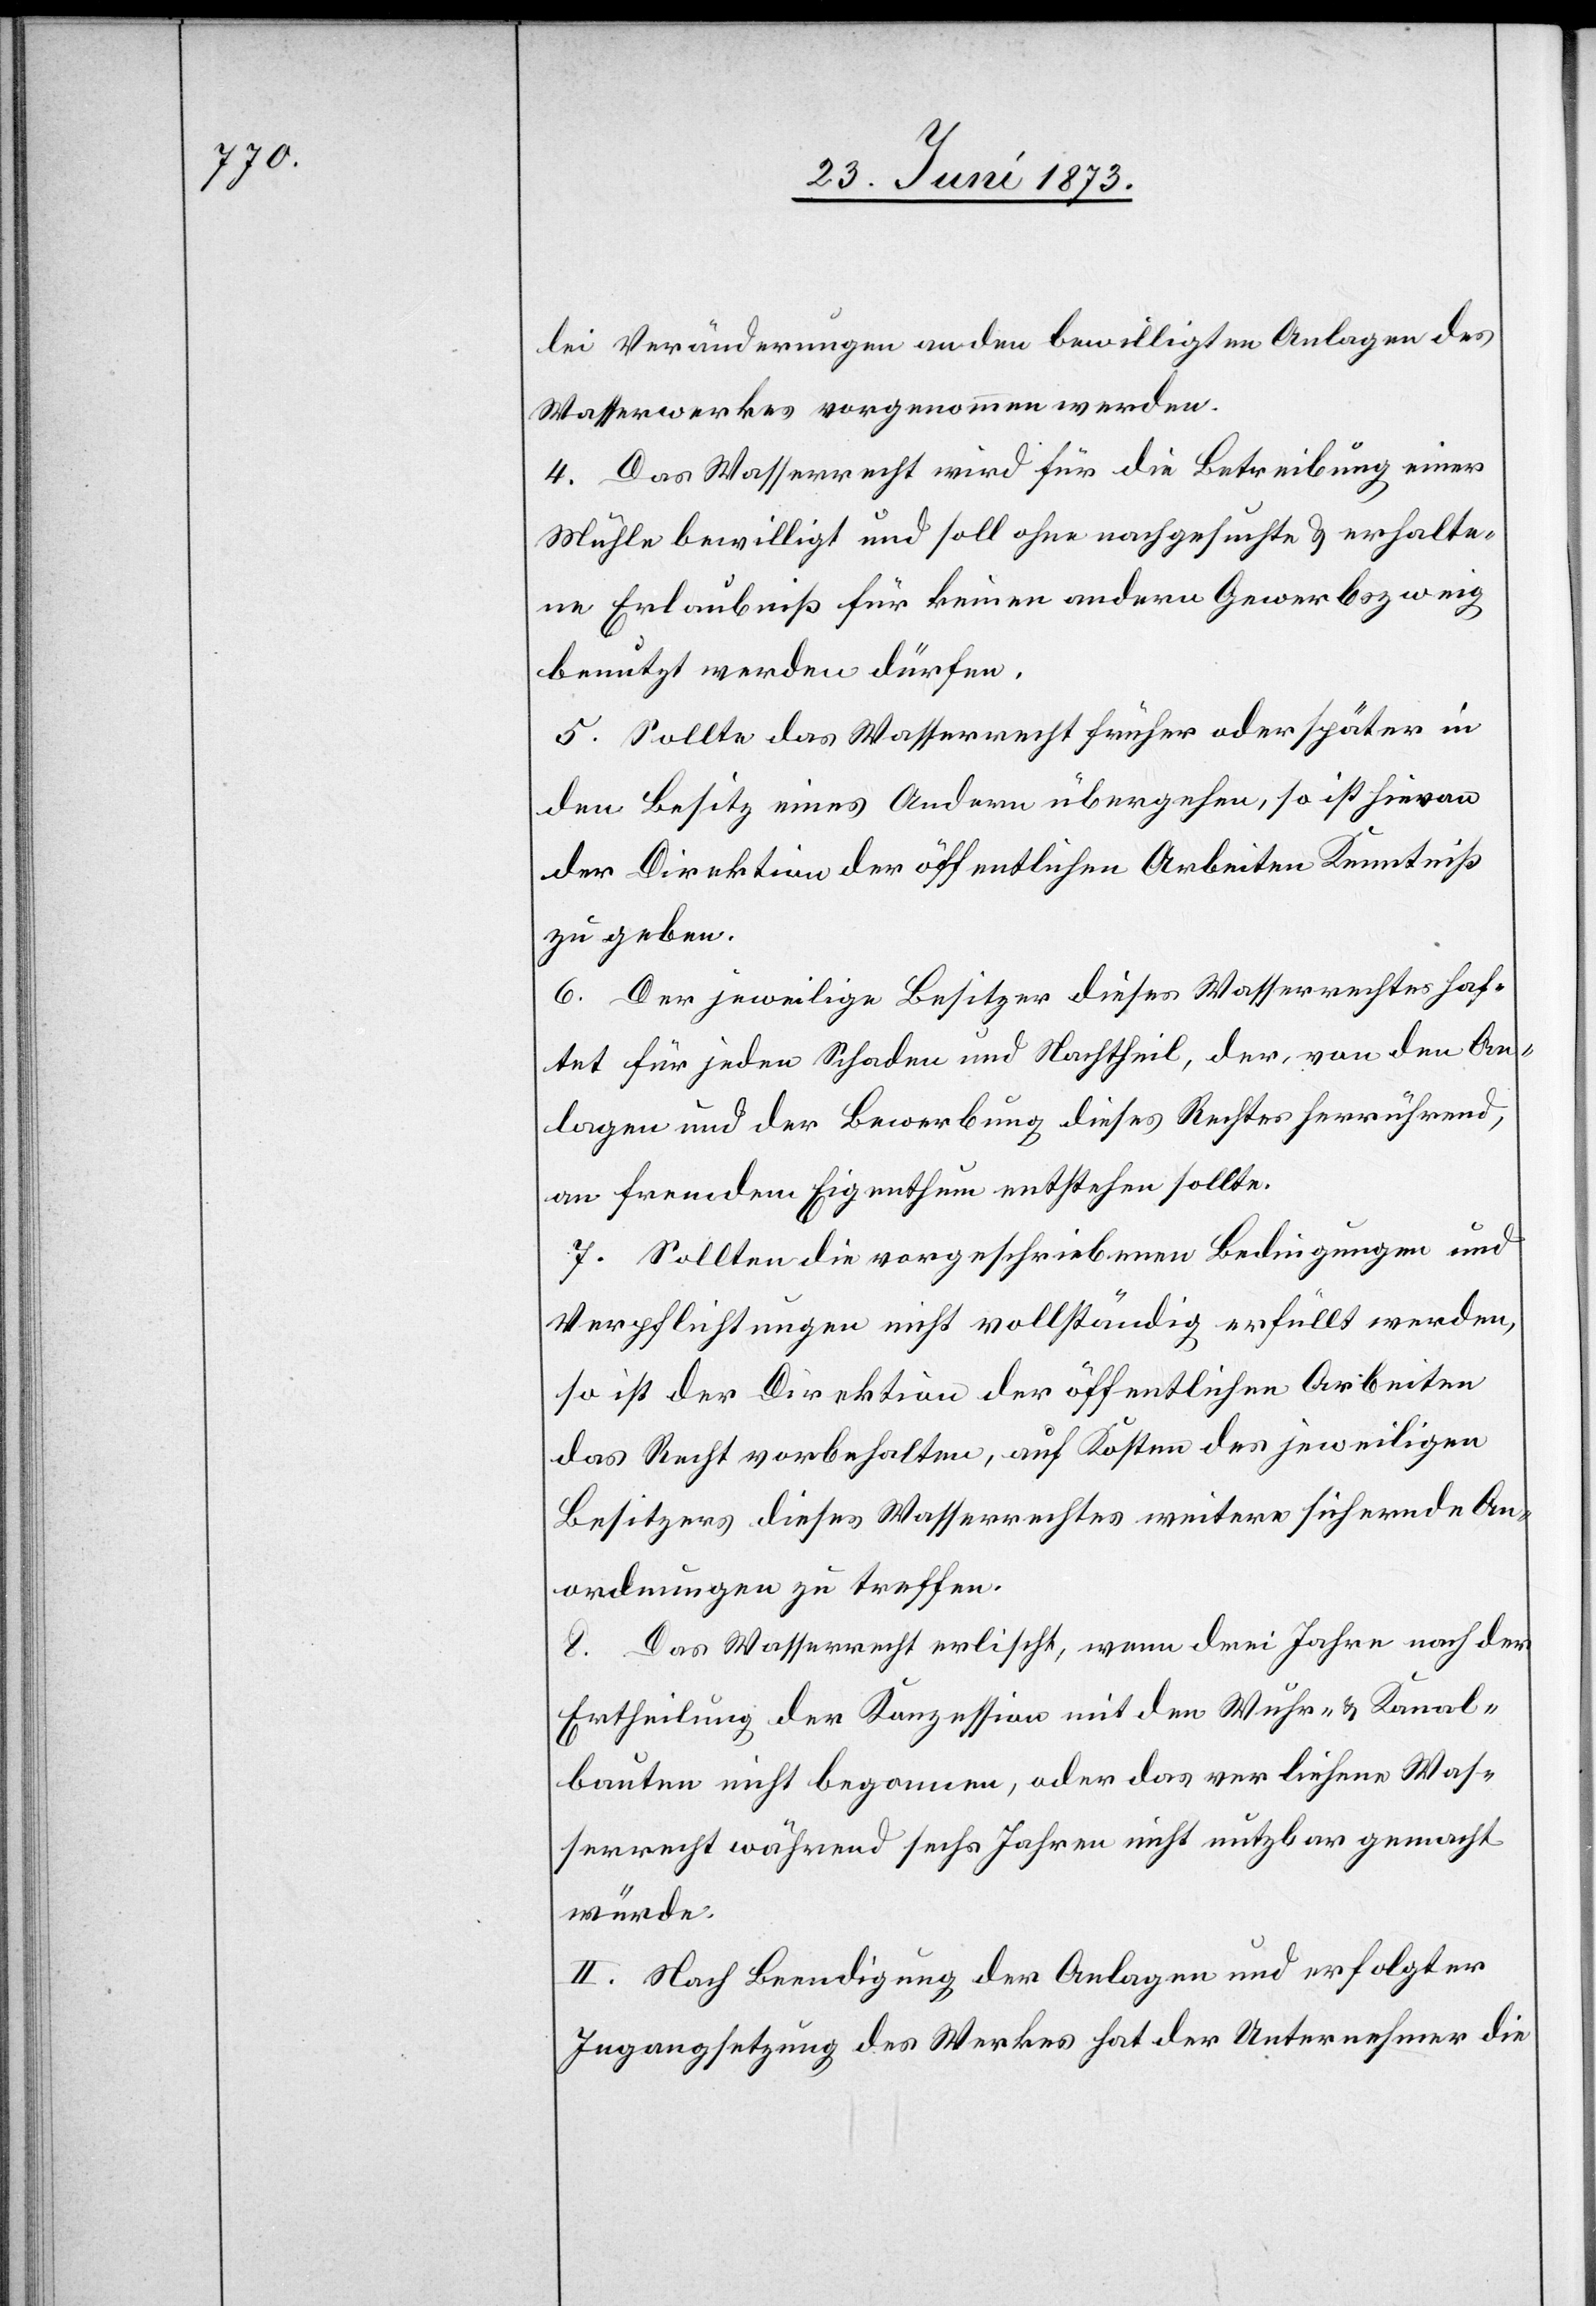
lei Veränderungen an den bewilligten Anlagen des
Wasserwerkes vorgenommen werden.
4. Das Wasserrecht wird für die Betreibung einer
Mühle bewilligt und soll ohne nachgesuchte & erhalte¬
ne Erlaubniß für keinen andern Gewerbszweig
benutzt werden dürfen.
5. Sollte das Wasserrecht früher oder später in
den Besitz eines Andern übergehen, so ist hievon
der Direktion der öffentlichen Arbeiten Kenntniß
zu geben.
6. Der jeweilige Besitzer dieses Wasserrechtes haf¬
tet für jeden Schaden und Nachtheil, der, von den An¬
lagen und der Bewerbung dieses Rechtes herrührend,
an fremdem Eigenthum entstehen sollte.
7. Sollten die vorgeschriebenen Bedingungen und
Verpflichtungen nicht vollständig erfüllt werden,
so ist der Direktion der öffentlichen Arbeiten
das Recht vorbehalten, auf Kosten des jeweiligen
Besitzers dieses Wasserrechtes weitere sichernde An¬
ordnungen zu treffen.
8. Das Wasserrecht erlischt, wenn drei Jahre nach der
Ertheilung der Konzession mit den Wuhr- & Kanal¬
bauten nicht begonnen, oder das verliehene Was¬
serrecht während sechs Jahren nicht nutzbar gemacht
würde.
II. Nach Beendigung der Anlagen und erfolgter
Ingangsetzung des Werkes hat der Unternehmer die